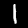
Label: 1